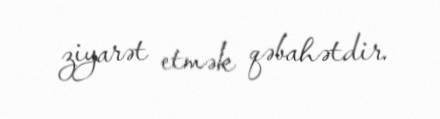
ziyarət etmək qəbahətdir.